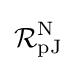
{\mathcal {R}}_{\mathrm {pJ} }^{\mathrm {N} }